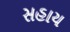
સહાય